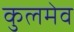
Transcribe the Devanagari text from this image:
कुलमेव